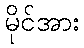
မိုင်အား